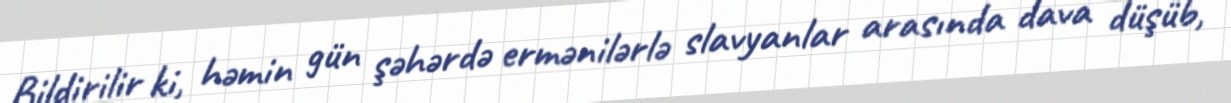
Bildirilir ki, həmin gün şəhərdə ermənilərlə slavyanlar arasında dava düşüb,